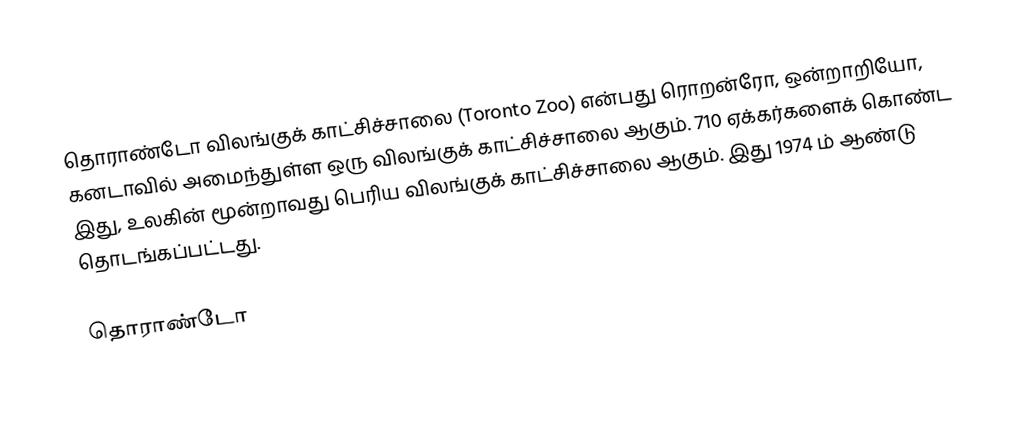
தொராண்டோ விலங்குக் காட்சிச்சாலை (Toronto Zoo) என்பது ரொறன்ரோ, ஒன்றாறியோ, கனடாவில் அமைந்துள்ள ஒரு விலங்குக் காட்சிச்சாலை ஆகும்.  710 ஏக்கர்களைக் கொண்ட இது, உலகின் மூன்றாவது பெரிய விலங்குக் காட்சிச்சாலை ஆகும்.  இது 1974 ம் ஆண்டு தொடங்கப்பட்டது.

தொராண்டோ